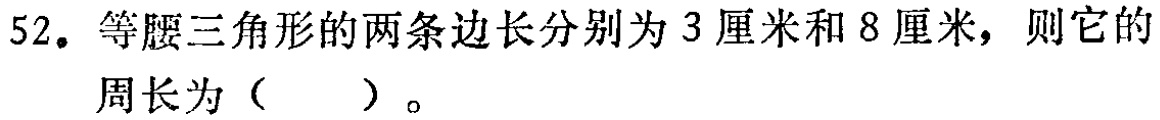
52. 等腰三角形的两条边长分别为 3 厘米和 8 厘米，则它的周长为（  ）。